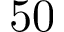
5 0